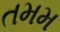
તમમ